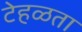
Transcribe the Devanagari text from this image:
टेहळता